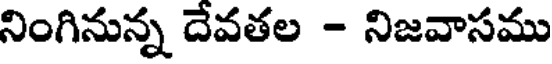
నింగినున్న దేవతల - నిజవాసము